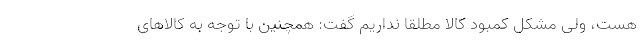
هست، ولی مشکل کمبود کالا مطلقاً نداریم گفت: همچنین با توجه به کالاهای